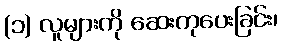
(၁) လူများကို ဆေးကုပေးခြင်း၊